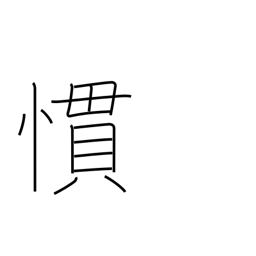
Meaning: accustomed